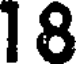
18